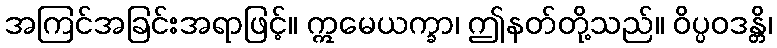
အကြင်အခြင်းအရာဖြင့်။ ဣမေယက္ခာ၊ ဤနတ်တို့သည်။ ဝိပ္ပဝဒန္တိ၊